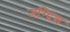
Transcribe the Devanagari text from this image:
जग्दिश